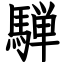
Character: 騨